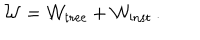
{ \cal W } = { \cal W } _ { \mathrm { t r e e } } + { \cal W } _ { \mathrm { i n s t } } \, .